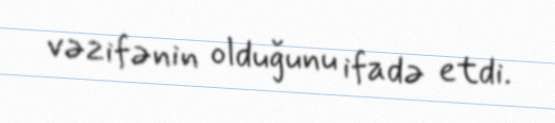
vəzifənin olduğunu ifadə etdi.